Report of the Indian Hemp Drugs Commission, 1894-1895 - Volume I
Year: 1894
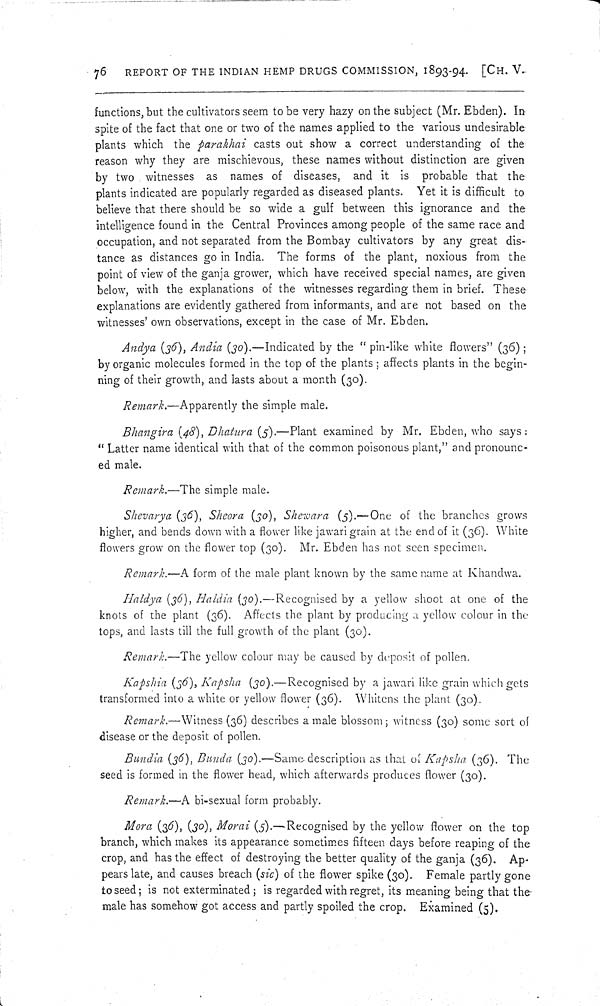
76
REPORT OF THE INDIAN HEMP DRUGS COMMISSION, 1893-94. [CH. V.
functions, but the cultivators seem to be very hazy on the subject (Mr. Ebden). In
spite of the fact that one or two of the names applied to the various undesirable
plants which the parakhai casts out show a correct understanding of the
reason why they are mischievous, these names without distinction are given
by two witnesses as names of diseases, and it is probable that the
plants indicated are popularly regarded as diseased plants. Yet it is difficult to
believe that there should be so wide a gulf between this ignorance and the
intelligence found in the Central Provinces among people of the same race and
occupation, and not separated from the Bombay cultivators by any great dis-
tance as distances go in India. The forms of the plant, noxious from the
point of view of the ganja grower, which have received special names, are given
below, with the explanations of the witnesses regarding them in brief. These
explanations are evidently gathered from informants, and are not based on the
witnesses' own observations, except in the case of Mr. Ebden.
Andya (36), Andia (30).—Indicated by the "pin-like white flowers" (36);
by organic molecules formed in the top of the plants; affects plants in the begin-
ning of their growth, and lasts about a month (30).
Remark.—Apparently the simple male.
Bhangira (48), Dhatura (5).—Plant examined by Mr. Ebden, who says:
"Latter name identical with that of the common poisonous plant," and pronounc-
ed male.
Remark.—The simple male.
Shevarya (36), Sheora (30), Shewara (5).—One of the branches grows
higher, and bends down with a flower like jawari grain at the end of it (36). White
flowers grow on the flower top (30). Mr. Ebden has not seen specimen.
Remark.—A form of the male plant known by the same name at Khandwa.
Haldya (36), Haldia (30).—Recognised by a yellow shoot at one of the
knots of the plant (36). Affects the plant by producing a yellow colour in the
tops, and lasts till the full growth of the plant (30).
Remark.—The yellow colour may be caused by deposit of pollen.
Kapshia (36), Kapsha (30).—Recognised by a jawari like grain which gets
transformed into a white or yellow flower (36). Whitens the plant (30).
Remark.—Witness (36) describes a male blossom; witness (30) some sort of
disease or the deposit of pollen.
Bundia (36), Bunda (30).—Same description as that of Kapsha (36). The
seed is formed in the flower head, which afterwards produces flower (30).
Remark.—A bi-sexual form probably.
Mora (36), (30), Morai (5).—Recognised by the yellow flower on the top
branch, which makes its appearance sometimes fifteen days before reaping of the
crop, and has the effect of destroying the better quality of the ganja (36). Ap-
pears late, and causes breach (sic) of the flower spike (30). Female partly gone
to seed; is not exterminated; is regarded with regret, its meaning being that the-
male has somehow got access and partly spoiled the crop. Examined (5).